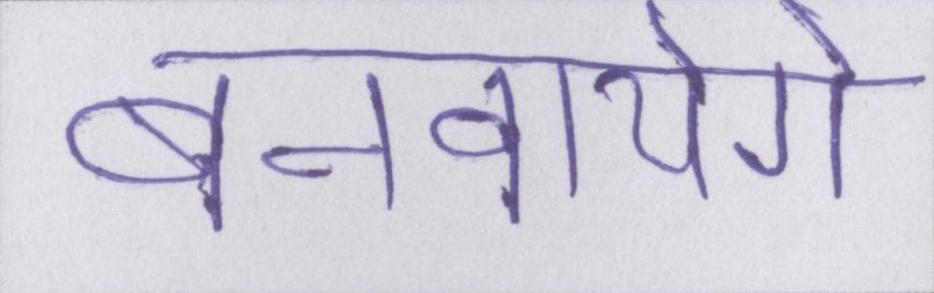
बनवायेंगे